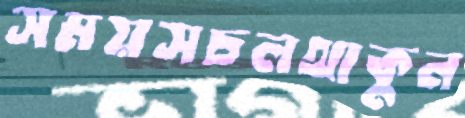
সময়সচলথাকুন